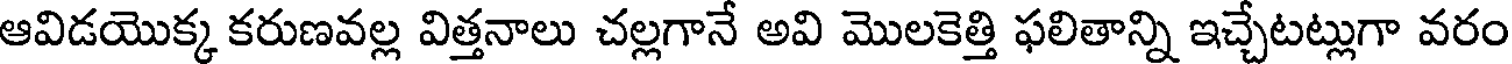
ఆవిడయొక్క కరుణవల్ల విత్తనాలు చల్లగానే అవి మొలకెత్తి ఫలితాన్ని ఇచ్చేటట్లుగా వరం